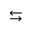
\leftrightarrows